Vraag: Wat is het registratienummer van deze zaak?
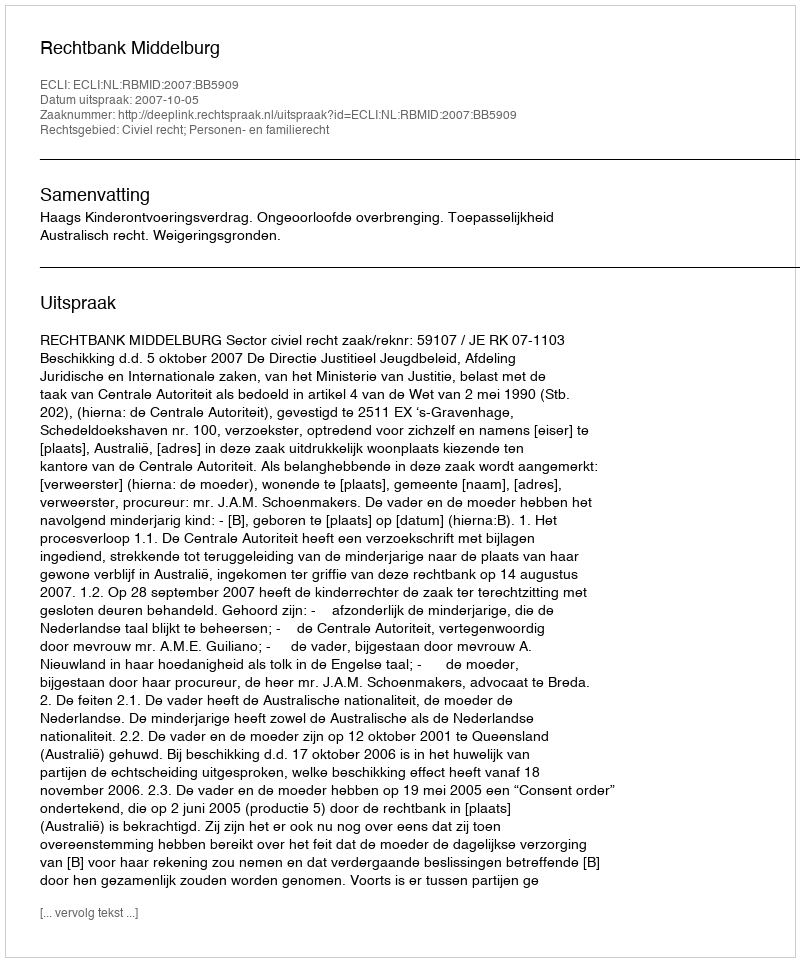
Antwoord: http://deeplink.rechtspraak.nl/uitspraak?id=ECLI:NL:RBMID:2007:BB5909